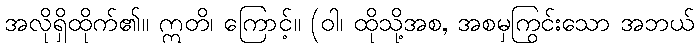
အလိုရှိထိုက်၏။ ဣတိ၊ ကြောင့်။ (ဝါ၊ ထိုသို့အစ, အစမှကြွင်းသော အဘယ်